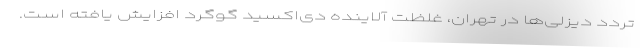
تردد دیزلی‌ها در تهران، غلظت آلاینده دی‌اکسید گوگرد افزایش یافته است.